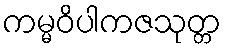
ကမ္မဝိပါကဇသုတ္တ